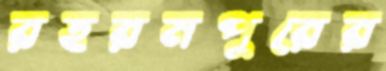
রহরমপুরের